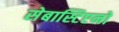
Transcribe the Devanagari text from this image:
सेबास्टिएनो